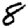
Digit: 8